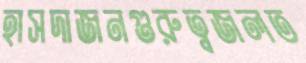
হাসদাজনগুরুত্বজলত